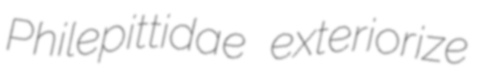
Philepittidae exteriorize